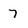
Character: 7